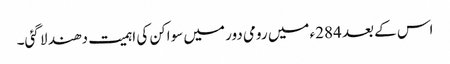
اس کے بعد 284ء میں رومی دور میں سواکن کی اہمیت دھند لا گئی۔